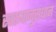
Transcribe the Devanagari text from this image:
स्वरूपानुसंधान